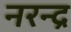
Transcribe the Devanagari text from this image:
नरन्द्र